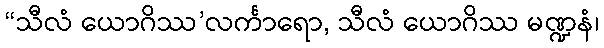
“သီလံ ယောဂိဿ’လင်္ကာရော, သီလံ ယောဂိဿ မဏ္ဍနံ၊